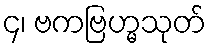
၄၊ ဗကဗြဟ္မသုတ်